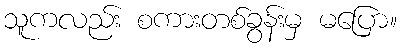
သူကလည်း စကားတစ်ခွန်းမှ မပြော။